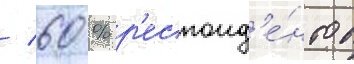
/ 60 % р'еспонд'е́нтов